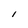
Character: I